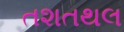
તશતથલ